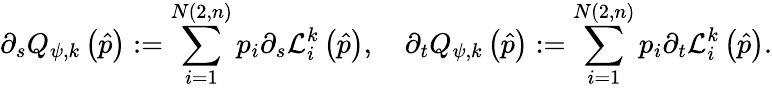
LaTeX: \partial_{s}Q_{\psi,k}\left(\hat{p}\right):=\sum_{i=1}^{N\left(2,n\right)}p_{i}\partial_{s}\mathcal{L}_{i}^{k}\left(\hat{p}\right),\quad\partial_{t}Q_{\psi,k}\left(\hat{p}\right):=\sum_{i=1}^{N\left(2,n\right)}p_{i}\partial_{t}\mathcal{L}_{i}^{k}\left(\hat{p}\right).